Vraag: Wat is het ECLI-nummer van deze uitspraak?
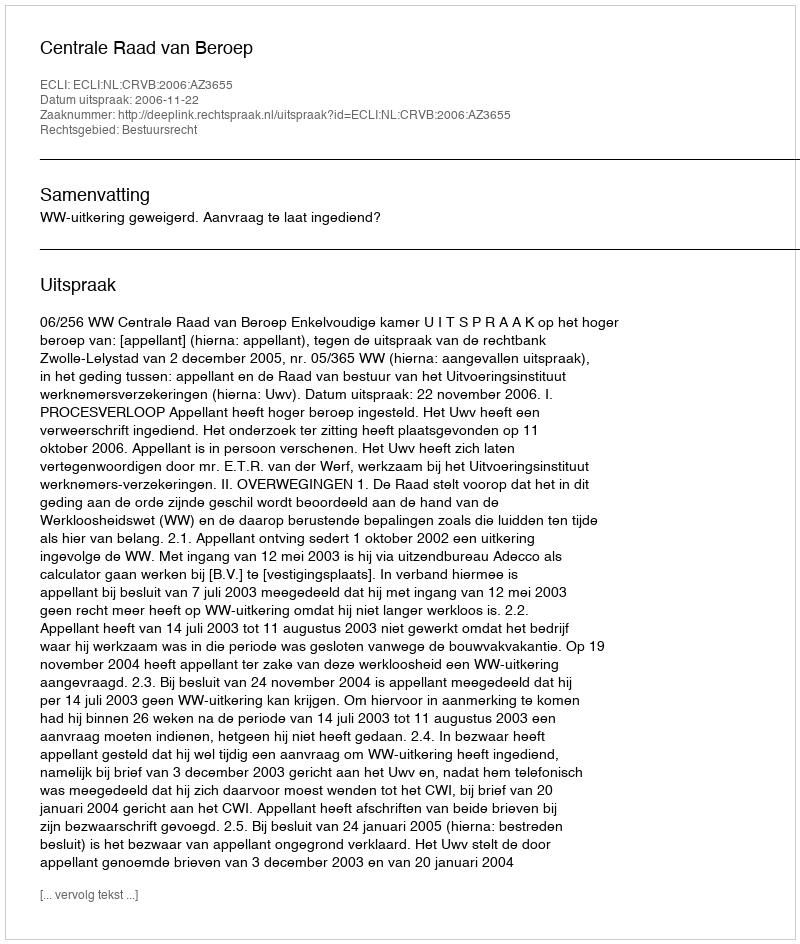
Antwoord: ECLI:NL:CRVB:2006:AZ3655